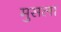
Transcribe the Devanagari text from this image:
मुसला